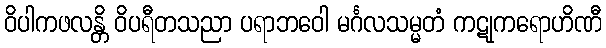
ဝိပါကဖလန္တိ ဝိပရီတသညာ ပရာဘဝေါ မင်္ဂလသမ္မတံ ကဋုကရောဟိဏီ